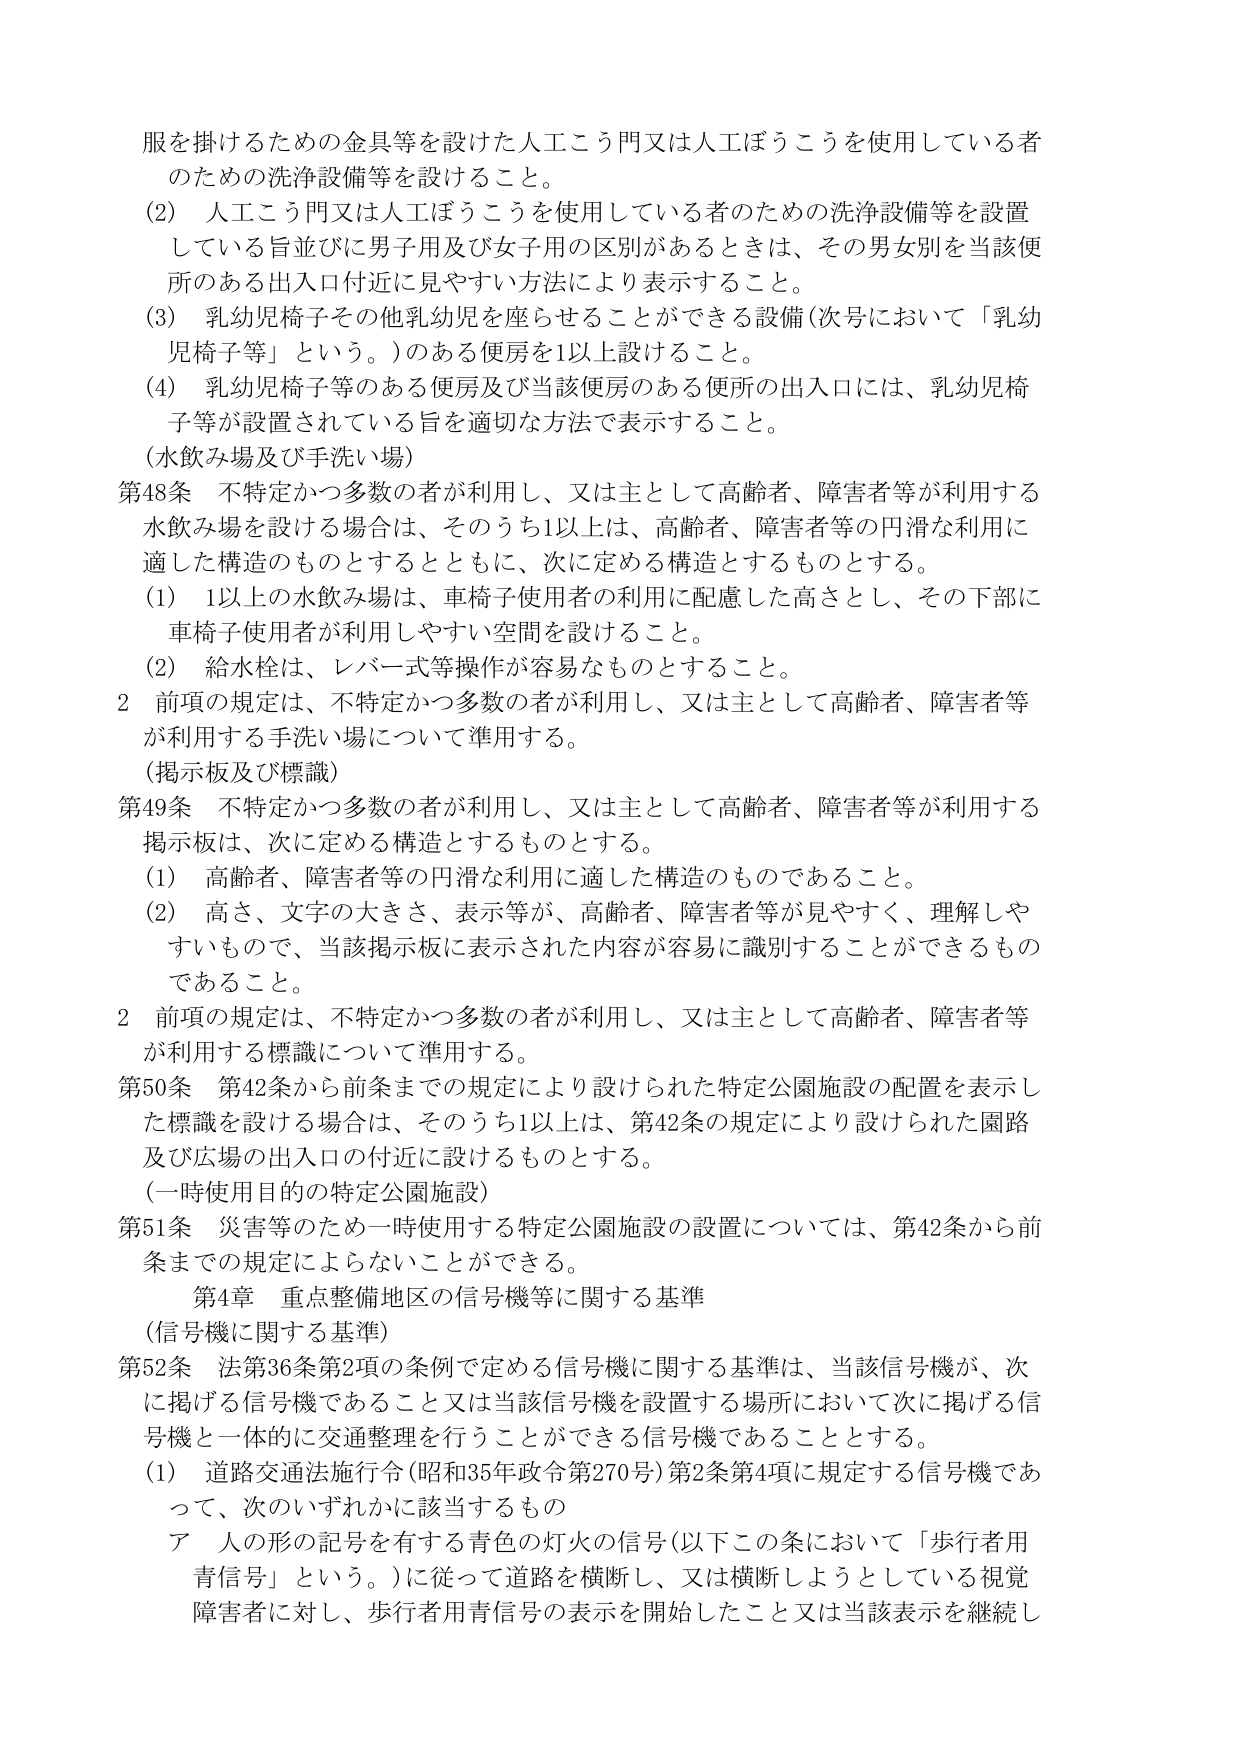
服を掛けるための金具等を設けた人工こう門又は人工ぼうこうを使用している者
のための洗浄設備等を設けること。
(2) 人工こう門又は人工ぼうこうを使用している者のための洗浄設備等を設置
している旨並びに男子用及び女子用の区別があるときは、その男女別を当該便
所のある出入口付近に見やすい方法により表示すること。
(3) 乳幼児椅子その他乳幼児を座らせることができる設備（次号において「乳幼
児椅子等」という。）のある便房を1以上設けること。
(4) 乳幼児椅子等のある便房及び当該便房のある便所の出入口には、乳幼児椅
子等が設置されている旨を適切な方法で表示すること。
（水飲み場及び手洗い場）
第48条 不特定かつ多数の者が利用し、又は主として高齢者、障害者等が利用する
水飲み場を設ける場合は、そのうち1以上は、高齢者、障害者等の円滑な利用に
適した構造のものとするとともに、次に定める構造とするものとする。
(1) 1以上の水飲み場は、車椅子使用者の利用に配慮した高さとし、その下部に
車椅子使用者が利用しやすい空間を設けること。
(2) 給水栓は、レバー式等操作が容易なものとすること。
2 前項の規定は、不特定かつ多数の者が利用し、又は主として高齢者、障害者等
が利用する手洗い場について準用する。
（掲示板及び標識）
第49条 不特定かつ多数の者が利用し、又は主として高齢者、障害者等が利用する
掲示板は、次に定める構造とするものとする。
(1) 高齢者、障害者等の円滑な利用に適した構造のものであること。
(2) 高さ、文字の大きさ、表示等が、高齢者、障害者等が見やすく、理解しや
すいもので、当該掲示板に表示された内容が容易に識別することができるもの
であること。
2 前項の規定は、不特定かつ多数の者が利用し、又は主として高齢者、障害者等
が利用する標識について準用する。
第50条 第42条から前条までの規定により設けられた特定公園施設の配置を表示し
た標識を設ける場合は、そのうち1以上は、第42条の規定により設けられた園路
及び広場の出入口の付近に設けるものとする。
（一時使用目的の特定公園施設）
第51条 災害等のため一時使用する特定公園施設の設置については、第42条から前
条までの規定によらないことができる。
第4章 重点整備地区の信号機等に関する基準
（信号機に関する基準）
第52条 法第36条第2項の条例で定める信号機に関する基準は、当該信号機が、次
に掲げる信号機であること又は当該信号機を設置する場所において次に掲げる信
号機と一体的に交通整理を行うことができる信号機であることとする。
(1) 道路交通法施行令（昭和35年政令270号）第2条第4項に規定する信号機であ
って、次のいずれかに該当するもの
ア 人の形の記号を有する青色の灯火の信号（以下この条において「歩行者用
青信号」という。）に従って道路を横断し、又は横断しようとしている視覚
障害者に対し、歩行者用青信号の表示を開始したこと又は当該表示を継続し